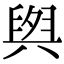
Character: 𮍫